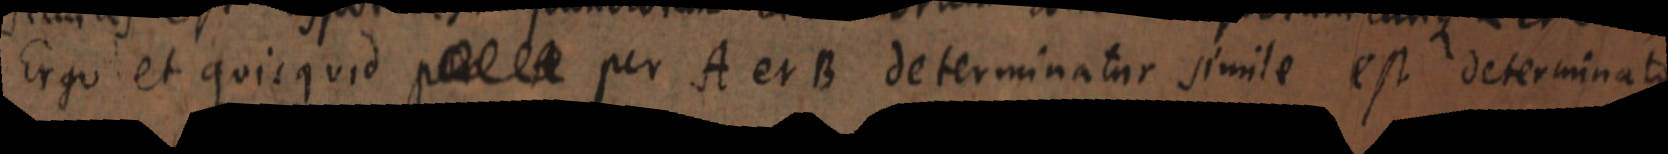
Ergo et quicquid _ per A et B determinatur simile est determinato